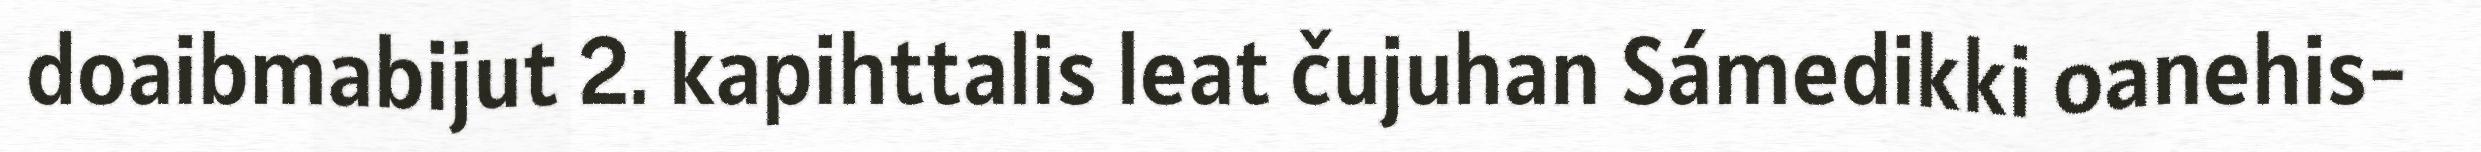
doaibmabijut 2. kapihttalis leat čujuhan Sámedikki oanehis-